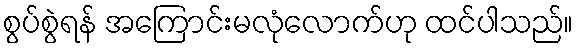
စွပ်စွဲရန် အကြောင်းမလုံလောက်ဟု ထင်ပါသည်။